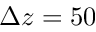
\Delta z = 5 0